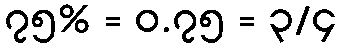
၇၅% = ၀.၇၅ = ၃/၄